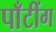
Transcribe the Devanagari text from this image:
पाँटींग